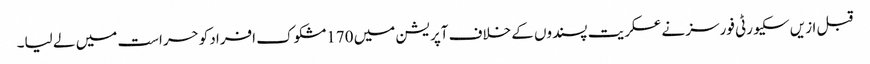
قبل ازیں سکیورٹی فورسز نے عسکریت پسندوں کے خلاف آپریشن میں 170مشکوک افراد کوحراست میں لے لیا۔